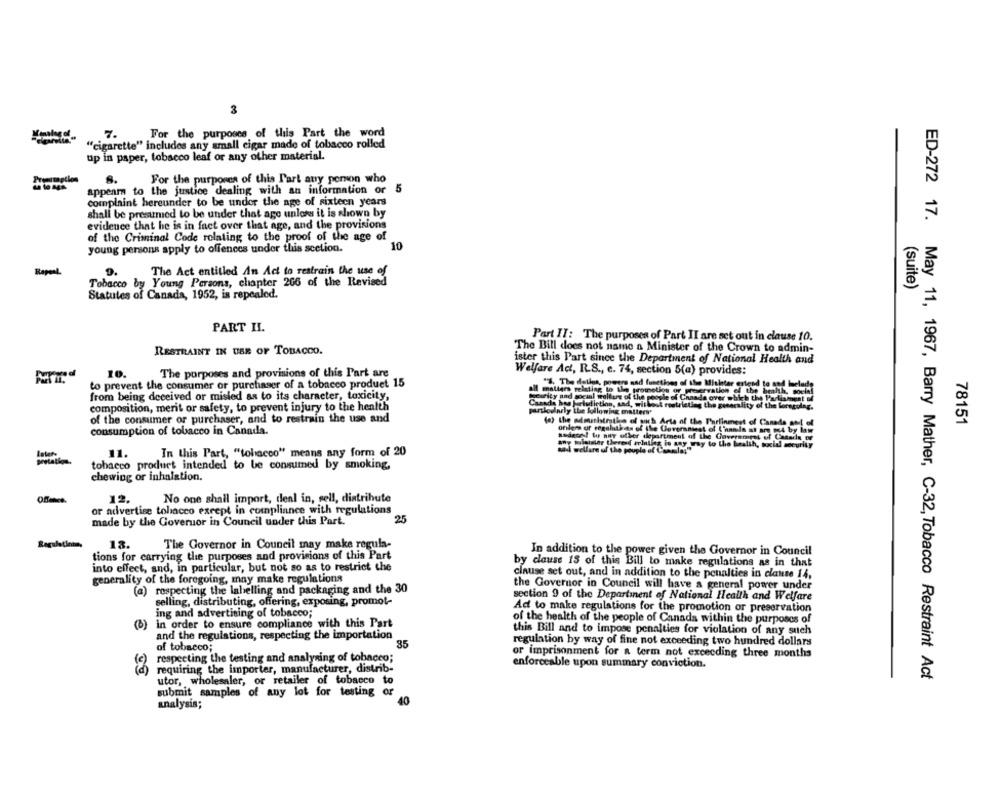
3
7.
For the purposes of this Part the word
"cigarette" includes any small cigar made of tobacco rolled
up in paper, tobacco leaf or any other material.
For the purposes of this Part any person who
appear to the justice dealing with an information or
5
complaint hereunder to be under the age of sixteen years
shall be presumed to be under that age unlors it is shown by
evidence that he is in fact over that age, and the provisions
of the Criminal Code relating to the proof of the age of
young persons apply to offences under this section.
10
RapenL
9.
The Act entitled An Act to restrain the use of
Tobacco by Young Persons, chapter 266 of the Revised
(suite)
Statutes of Canada, 1952, is repealed.
PART II.
Part II: The purposes of Part II are set out in clause 10.
RESTRAINT IN USE OF TOBACCO.
The Bill does not name a Minister of the Crown to admin-
ister this Part since the Department of National Health and
10.
The purposes and provisions of this Part are
Welfare Ad, R.S ., c. 74, section 5(a) provides:
to prevent the consumer or purchaser of a tobacco product 15
all matters relating to the promotion of preservation of the health, social
"% The della, powers and functions of the Misinter estend to sod Iselad
from being deceived or misled as to its character, toxicity,
wity and social wolture of the people of Canada over which the Parliament of
composition, merit or safety, to prevent injury to the health
Canada hos jurisdiction, and, withask restricting the generality of the lorscolag.
partlodaily the following matters'
of the consumer or purchaser, and to restrain the use and
(o) the admathirties of ouch Arta of the Parlinmest of Canada and of
78151
consumption of tobacco in Canada.
ofilers of regalati as of the Loversniest of L'anmla at ang ted by law
decel to nur other department of the Government of Casada of
any toleister theresd Printing in say usy to the health, social security
11.
In this Part, "tobacco" means any form of 20
and welfare of the pouple of Coomla
tobacco product intended to be consumed by smoking,
chewing or inhalation.
12.
No one shall import, deal in, sell, distribute
or advertise tobacco except in compliance with regulations
25
made by the Governor in Council under this Part.
gulatina
18.
The Governor in Council may make regula-
In addition to the power given the Governor in Council
tions for carrying the purposes and provisions of this Part
into effect, and, in particular, but not so as to restrict the
by cause 15 of this Bill to make regulations as in that
clause set out, and in addition to the penalties in clause 14,
generality of the foregoing, may make regulations
(a) respecting the labelling and packaging and the 30
the Governor in Council will have a general power under
section 9 of the Departinent of National Health and Welfare
selling, distributing, offering, exposing, promot-
Ad to make regulations for the promotion or preservation
ing and advertising of tobacco;
in order to ensure compliance with this Part
of the health of the people of Canada within the purposes of
(b)
this Bill and to impose penalties for violation of any such
and the regulations, respecting the importation
of tobacco;
85
regulation by way of fine not exceeding two hundred dollars
or imprisonment for a term not exceeding three months
respecting the testing and analyzing of tobacco;
requiring the importer, manufacturer, distrib-
enforceable upon summary conviction.
ED-272 17. May 11, 1967, Barry Mather, C-32, Tobacco Restraint Act
utor, wholesaler, or retailer of tobacco to
submit samples of any lot for testing
40
analysis;